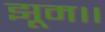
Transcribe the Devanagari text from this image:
झूम।।